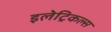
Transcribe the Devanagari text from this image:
इलेट्रिकल्स